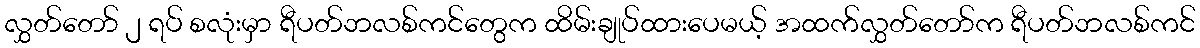
လွှတ်တော် ၂ ရပ် စလုံးမှာ ရီပတ်ဘလစ်ကင်တွေက ထိမ်းချုပ်ထားပေမယ့် အထက်လွှတ်တော်က ရီပတ်ဘလစ်ကင်